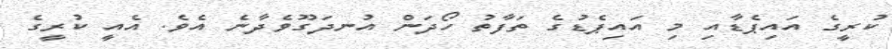
ކުރީގެ އައިޕެޑާއި މި އައިޕެޑުގެ ތަފާތު ހޯދަން އުނދަގޫވެދާނެ އެވެ. އެއީ ކުރީގެ